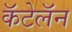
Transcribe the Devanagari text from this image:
कॅटेलॅन